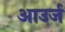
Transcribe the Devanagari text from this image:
आउर्ज